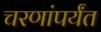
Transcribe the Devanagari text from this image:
चरणांपर्यंत